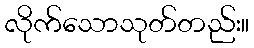
လိုက်သောသုတ်တည်း။